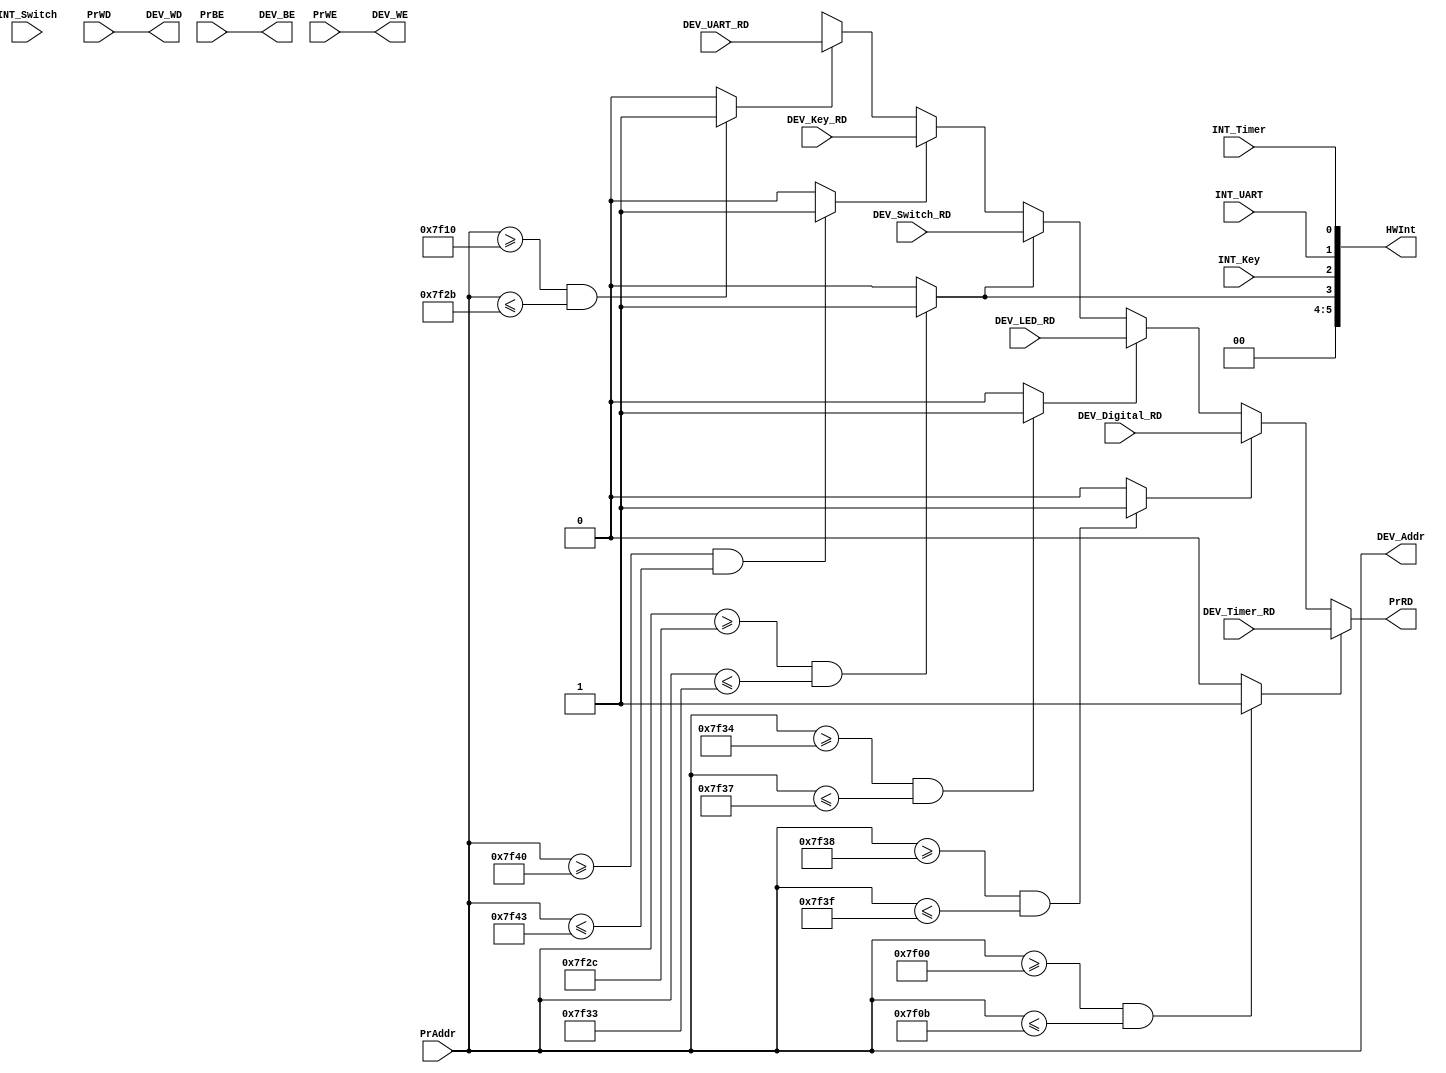
module bridge(
    input [31:0] PrAddr,
    input [31:0] PrWD,
    input [3:0] PrBE,
    input PrWE,
    input INT_Timer, INT_UART, INT_Switch, INT_Key,
    input [31:0] DEV_Timer_RD, DEV_Digital_RD, DEV_LED_RD, DEV_Switch_RD, DEV_Key_RD, DEV_UART_RD,
    output [31:0] PrRD,
    output [31:0] DEV_Addr,
    output [31:0] DEV_WD,
    output [7:2] HWInt,
    output DEV_WE,
    output [3:0] DEV_BE
);

    wire CS_Timer, CS_UART, CS_Switch, CS_Key;

    assign CS_Timer     = (PrAddr >= 32'h0000_7f00 && PrAddr <= 32'h0000_7f0b) ? 1'b1 : 1'b0;
    assign CS_UART      = (PrAddr >= 32'h0000_7f10 && PrAddr <= 32'h0000_7f2b) ? 1'b1 : 1'b0;
    assign CS_Switch    = (PrAddr >= 32'h0000_7f2c && PrAddr <= 32'h0000_7f33) ? 1'b1 : 1'b0;
    assign CS_LED       = (PrAddr >= 32'h0000_7f34 && PrAddr <= 32'h0000_7f37) ? 1'b1 : 1'b0;
    assign CS_Digital   = (PrAddr >= 32'h0000_7f38 && PrAddr <= 32'h0000_7f3f) ? 1'b1 : 1'b0;
    assign CS_Key       = (PrAddr >= 32'h0000_7f40 && PrAddr <= 32'h0000_7f43) ? 1'b1 : 1'b0;

    assign DEV_WE = PrWE;
    assign DEV_BE = PrBE;

    assign DEV_Addr = PrAddr;
    assign DEV_WD = PrWD;
    assign PrRD =   (CS_Timer)  ?   DEV_Timer_RD    :
                    (CS_Digital)?   DEV_Digital_RD  :
                    (CS_LED)    ?   DEV_LED_RD      :
                    (CS_Switch) ?   DEV_Switch_RD   :
                    (CS_Key)    ?   DEV_Key_RD      :
                    (CS_UART)   ?   DEV_UART_RD     :
                                    32'hxxxx_xxxx;
    
    assign HWInt = {2'b00, CS_Switch, INT_Key, INT_UART, INT_Timer};

endmodule // bridge